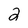
Character: 2